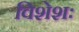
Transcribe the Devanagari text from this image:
विशेशः